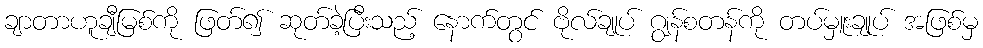
ချာတာဟူချီမြစ်ကို ဖြတ်၍ ဆုတ်ခဲ့ပြီးသည့် နောက်တွင် ဗိုလ်ချုပ် ဂျွန်စတန်ကို တပ်မှူးချုပ် အဖြစ်မှ